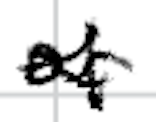
Text: of
Cross-out: wave
Writing tool: digital_black